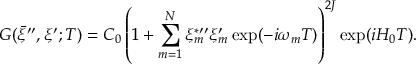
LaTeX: G ( \bar { \xi } ^ { \prime \prime } , \xi ^ { \prime } ; T ) = C _ { 0 } \left( 1 + \sum _ { m = 1 } ^ { N } \xi _ { m } ^ { \ast \prime \prime } \xi _ { m } ^ { \prime } \exp ( - i \omega _ { m } T ) \right) ^ { 2 J } \exp ( i H _ { 0 } T ) .